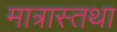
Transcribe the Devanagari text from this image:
मात्रास्तथा